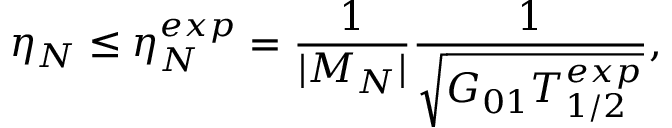
\eta _ { N } \leq \eta _ { N } ^ { e x p } = \frac { 1 } { | { \cal M } _ { N } | } \frac { 1 } { \sqrt { G _ { 0 1 } T _ { 1 / 2 } ^ { e x p } } } ,